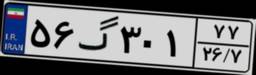
۵۶گ۳۰۱۷۷